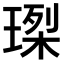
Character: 𤧮